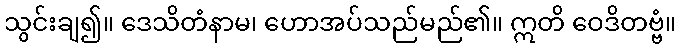
သွင်းချ၍။ ဒေသိတံနာမ၊ ဟောအပ်သည်မည်၏။ ဣတိ ဝေဒိတဗ္ဗံ။